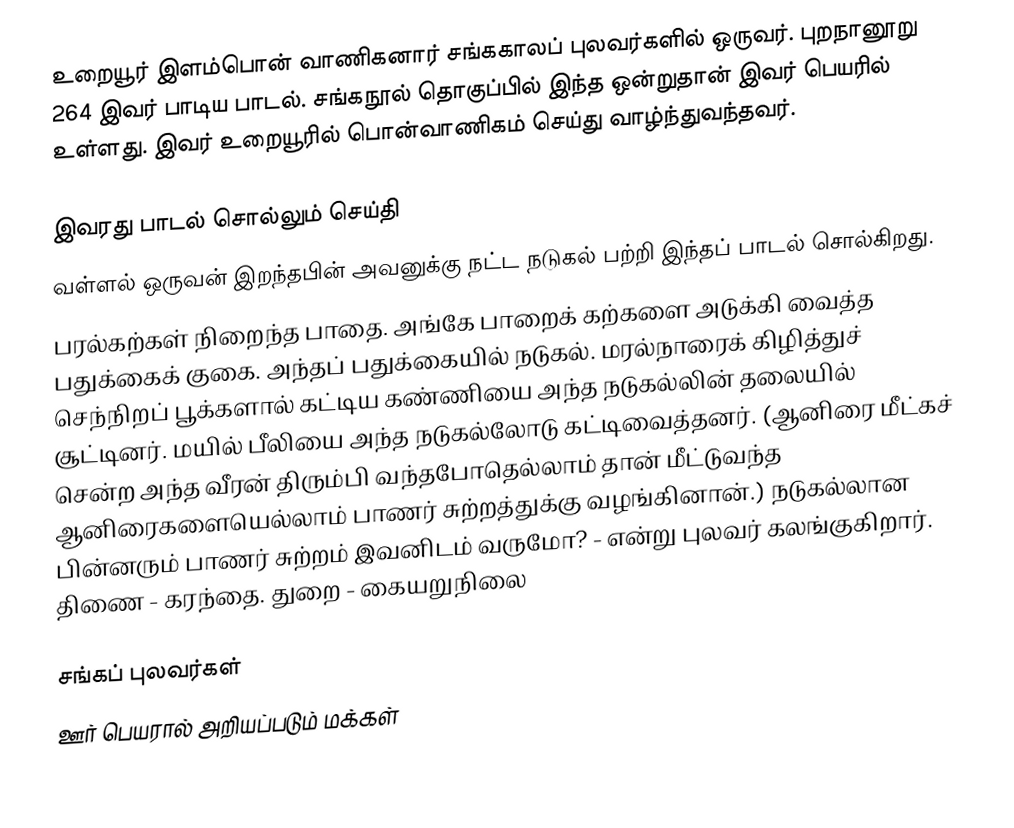
உறையூர் இளம்பொன் வாணிகனார் சங்ககாலப் புலவர்களில் ஒருவர். புறநானூறு 264 இவர் பாடிய பாடல். சங்கநூல் தொகுப்பில் இந்த ஒன்றுதான் இவர் பெயரில் உள்ளது. இவர் உறையூரில் பொன்வாணிகம் செய்து வாழ்ந்துவந்தவர்.

இவரது பாடல் சொல்லும் செய்தி
வள்ளல் ஒருவன் இறந்தபின் அவனுக்கு நட்ட நடுகல் பற்றி இந்தப் பாடல் சொல்கிறது.
பரல்கற்கள் நிறைந்த பாதை. அங்கே பாறைக் கற்களை அடுக்கி வைத்த பதுக்கைக் குகை. அந்தப் பதுக்கையில் நடுகல். மரல்நாரைக் கிழித்துச் செந்நிறப் பூக்களால் கட்டிய கண்ணியை அந்த நடுகல்லின் தலையில் சூட்டினர். மயில் பீலியை அந்த நடுகல்லோடு கட்டிவைத்தனர். (ஆனிரை மீட்கச் சென்ற அந்த வீரன் திரும்பி வந்தபோதெல்லாம் தான் மீட்டுவந்த ஆனிரைகளையெல்லாம் பாணர் சுற்றத்துக்கு வழங்கினான்.) நடுகல்லான பின்னரும் பாணர் சுற்றம் இவனிடம் வருமோ? - என்று புலவர் கலங்குகிறார். திணை - கரந்தை. துறை - கையறுநிலை

சங்கப் புலவர்கள்
ஊர் பெயரால் அறியப்படும் மக்கள்